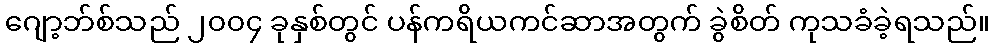
ဂျော့ဘ်စ်သည် ၂၀၀၄ ခုနှစ်တွင် ပန်ကရိယကင်ဆာအတွက် ခွဲစိတ် ကုသခံခဲ့ရသည်။